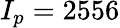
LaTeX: I_{p}=2556